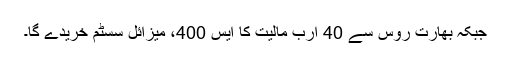
جبکہ بھارت روس سے 40 ارب مالیت کا ایس 400، میزائل سسٹم خریدے گا۔